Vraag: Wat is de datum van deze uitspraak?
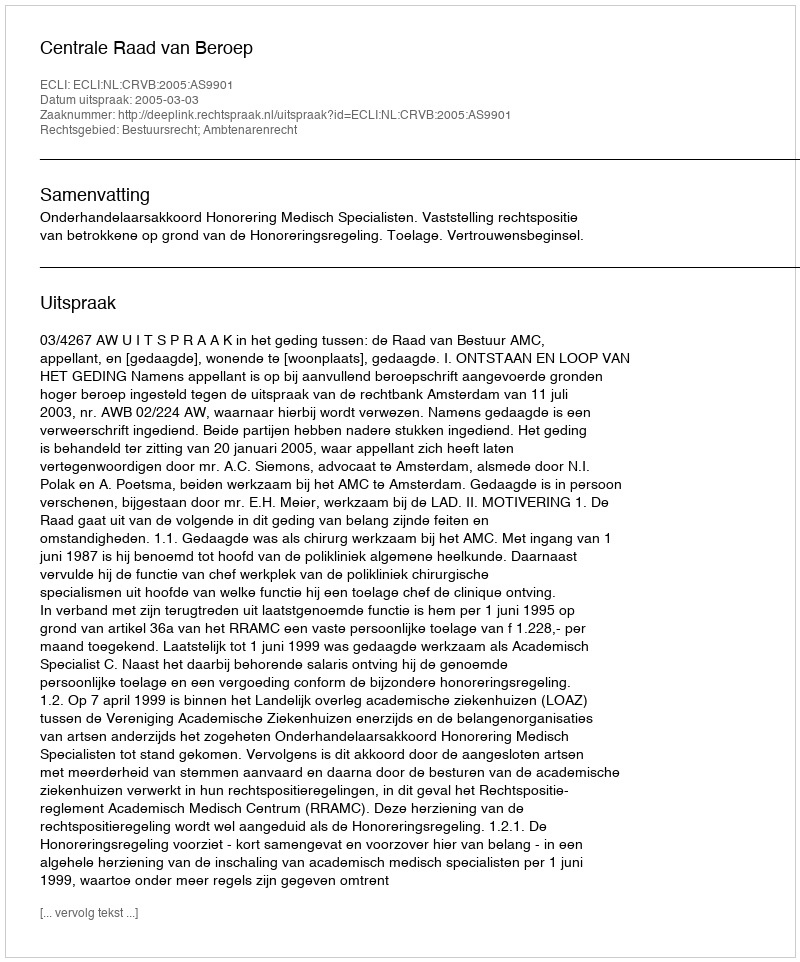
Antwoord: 2005-03-03